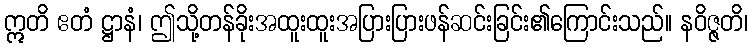
ဣတိ ဧတံ ဋ္ဌာနံ၊ ဤသို့တန်ခိုးအထူးထူးအပြားပြားဖန်ဆင်းခြင်း၏ကြောင်းသည်။ နဝိဇ္ဇတိ၊